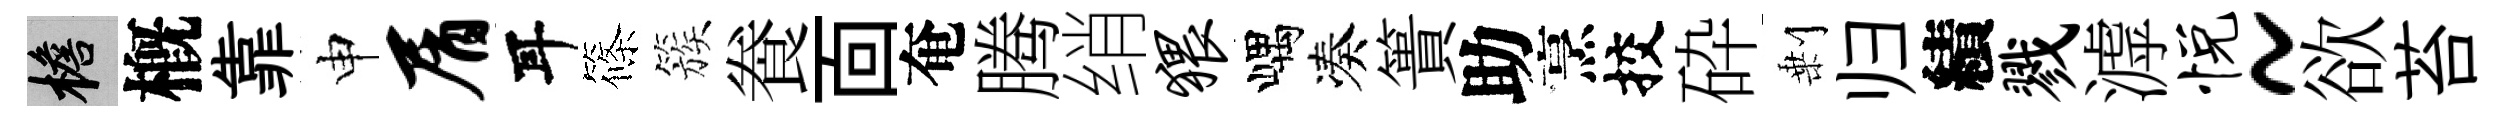
檐槪靠申屑耳篠簇飬靣奄腾绡猥嵎凑簣助烹挍砕剰归績戮滹悦~欲苔